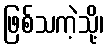
ဖြစ်သကဲ့သို့၊